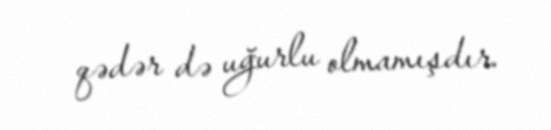
qədər də uğurlu olmamışdır.